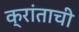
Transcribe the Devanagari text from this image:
क्रांताची